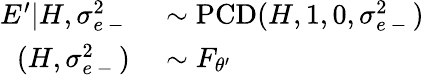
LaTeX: \begin{array}{rl}{E^{\prime}|H,\sigma_{e\mathrm{~-~}}^{2}}&{{}\sim\operatorname{PCD}(H,1,0,\sigma_{e\mathrm{~-~}}^{2})}\\ {(H,\sigma_{e\mathrm{~-~}}^{2})}&{{}\sim F_{\theta^{\prime}}}\end{array}